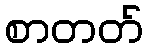
စာတတ်